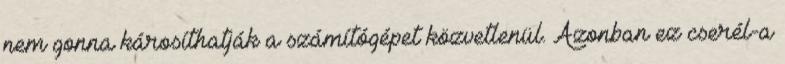
nem gonna károsíthatják a számítógépet közvetlenül. Azonban ez cserél-a